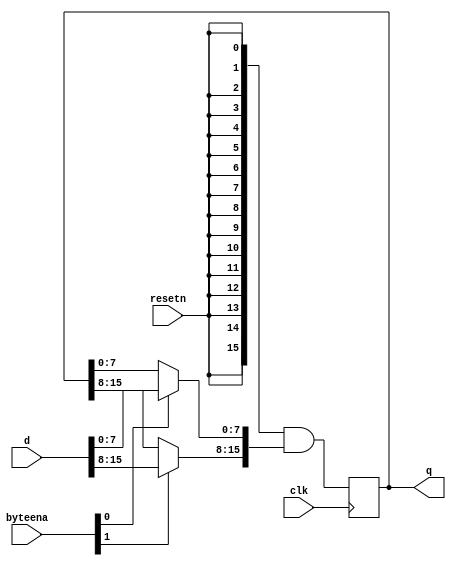
module top_module (
    input clk,
    input resetn,
    input [1:0] byteena,
    input [15:0] d,
    output [15:0] q
);

    always @(posedge clk) begin
        q <= {16{resetn}} & { byteena[1] ? d[15:8] : q[15:8], byteena[0] ? d[7:0] : q[7:0] };
    end
    
endmodule